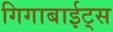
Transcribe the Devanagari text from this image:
गिगाबाईट्स